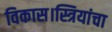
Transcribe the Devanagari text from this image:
विकास।स्त्रियांचा